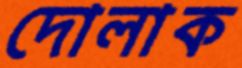
দোলাক